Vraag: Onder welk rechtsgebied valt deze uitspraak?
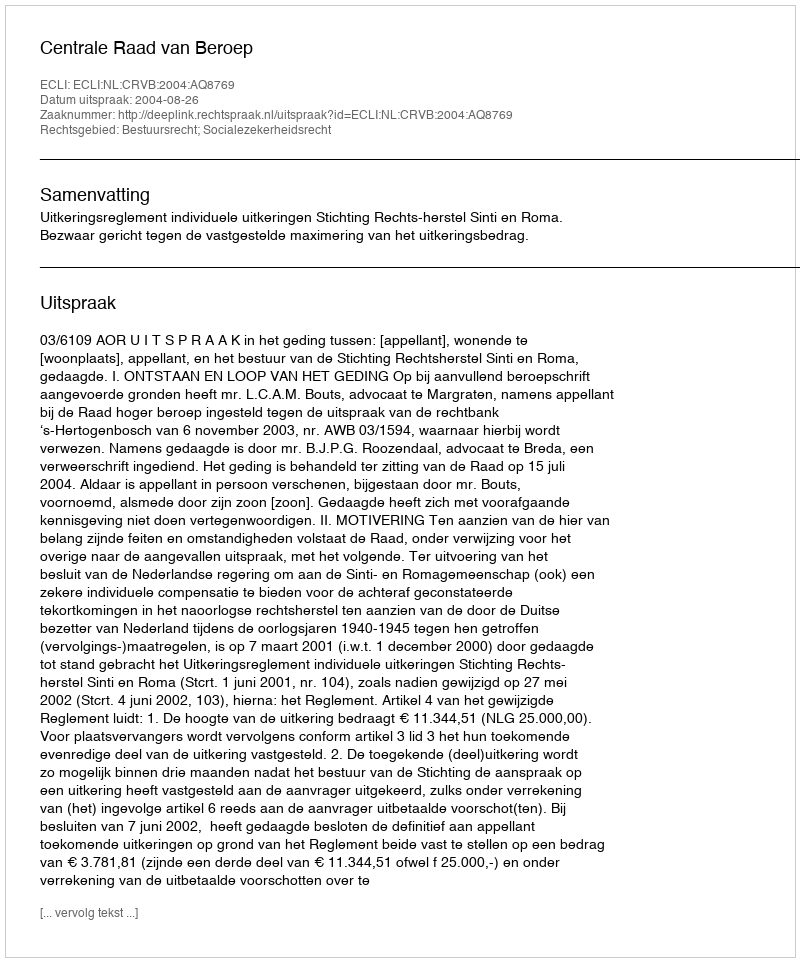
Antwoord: Bestuursrecht; Socialezekerheidsrecht